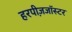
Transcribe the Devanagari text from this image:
हरपीज़जॉस्टर